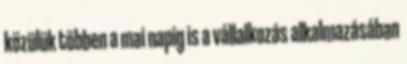
közülük többen a mai napig is a vállalkozás alkalmazásában